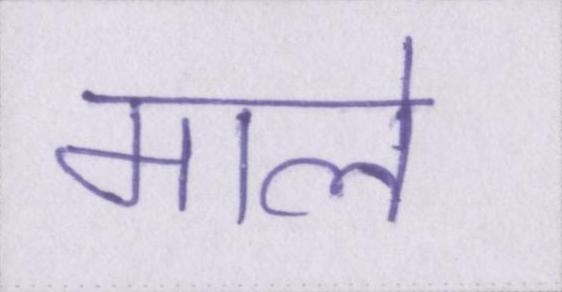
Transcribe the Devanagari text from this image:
माले